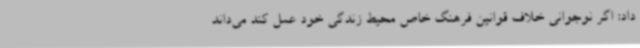
داد: اگر نوجوانی خلاف قوانین فرهنگ خاص محیط زندگی خود عمل کند می‌داند